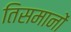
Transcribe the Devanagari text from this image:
तिसमानों